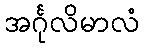
အင်္ဂုလိမာလံ